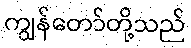
ကျွန်တော်တို့သည်